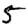
Digit: 5